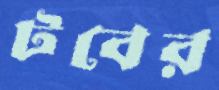
টবের